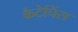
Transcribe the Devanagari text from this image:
कैटेचिंस